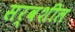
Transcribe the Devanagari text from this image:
सर्वशील